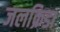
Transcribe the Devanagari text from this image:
जलक्रिडा